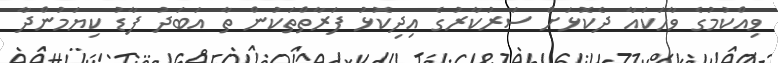
ވިއްކުމުގެ ވާހަކައާ ދެކޮޅަށް ސަރުކާރުގެ އިދިކޮޅު ފަރާތްތަކުން ތާ އަބަދު ފާޑު ކިޔަމުންދާ